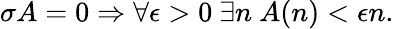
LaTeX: \sigma A=0\Rightarrow\forall\epsilon>0\ \exists n\ A(n)<\epsilon n.